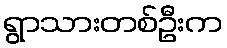
ရွာသားတစ်ဦးက